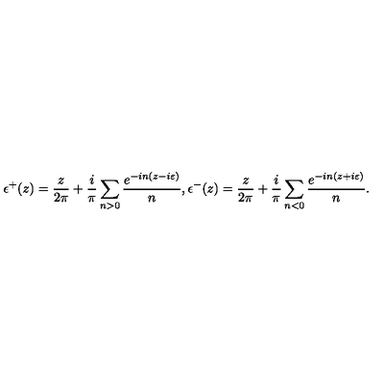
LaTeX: \epsilon ^ { + } ( z ) = \frac { z } { 2 \pi } + \frac { i } { \pi } \sum _ { n > 0 } \frac { e ^ { - i n ( z - i \varepsilon ) } } { n } , \epsilon ^ { - } ( z ) = \frac { z } { 2 \pi } + \frac { i } { \pi } \sum _ { n < 0 } \frac { e ^ { - i n ( z + i \varepsilon ) } } { n } .